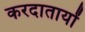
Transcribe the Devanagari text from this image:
करदातायों